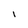
Character: I